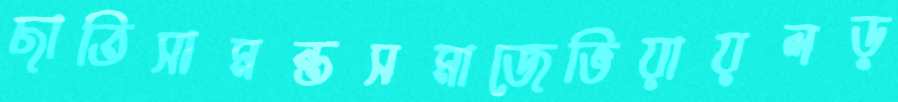
ছাতিসামন্তসমাজেভিয়ায়লড়